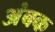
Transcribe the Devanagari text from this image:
अंबक